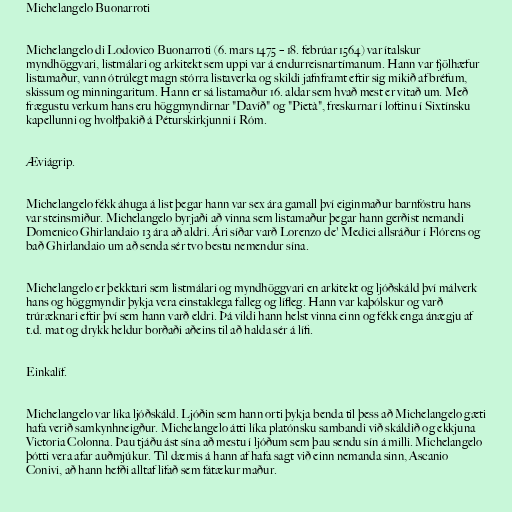
Michelangelo Buonarroti

Michelangelo di Lodovico Buonarroti (6. mars 1475 – 18. febrúar 1564) var ítalskur
myndhöggvari, listmálari og arkitekt sem uppi var á endurreisnartímanum. Hann var fjölhæfur
listamaður, vann ótrúlegt magn stórra listaverka og skildi jafnframt eftir sig mikið af bréfum,
skissum og minningaritum. Hann er sá listamaður 16. aldar sem hvað mest er vitað um. Með
frægustu verkum hans eru höggmyndirnar "Davíð" og "Pietà", freskurnar í loftinu í Sixtínsku
kapellunni og hvolfþakið á Péturskirkjunni í Róm.

Æviágrip.

Michelangelo fékk áhuga á list þegar hann var sex ára gamall því eiginmaður barnfóstru hans
var steinsmiður. Michelangelo byrjaði að vinna sem listamaður þegar hann gerðist nemandi
Domenico Ghirlandaio 13 ára að aldri. Ári síðar varð Lorenzo de' Medici allsráður í Flórens og
bað Ghirlandaio um að senda sér tvo bestu nemendur sína.

Michelangelo er þekktari sem listmálari og myndhöggvari en arkitekt og ljóðskáld því málverk
hans og höggmyndir þykja vera einstaklega falleg og lífleg. Hann var kaþólskur og varð
trúræknari eftir því sem hann varð eldri. Þá vildi hann helst vinna einn og fékk enga ánægju af
t.d. mat og drykk heldur borðaði aðeins til að halda sér á lífi.

Einkalíf.

Michelangelo var líka ljóðskáld. Ljóðin sem hann orti þykja benda til þess að Michelangelo gæti
hafa verið samkynhneigður. Michelangelo átti líka platónsku sambandi við skáldið og ekkjuna
Victoria Colonna. Þau tjáðu ást sína að mestu í ljóðum sem þau sendu sín á milli. Michelangelo
þótti vera afar auðmjúkur. Til dæmis á hann af hafa sagt við einn nemanda sinn, Ascanio
Conivi, að hann hefði alltaf lifað sem fátækur maður.